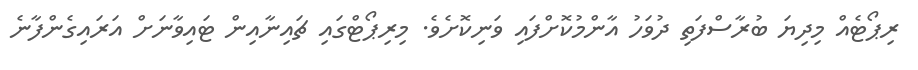
ރިޕޯޓެއް މިދިޔަ ބުރާސްފަތި ދުވަހު އާންމުކޮށްފައި ވަނިކޮށެވެ. މިރިޕޯޓްގައި ޗައިނާއިން ޓައިވާނަށް އަރައިގެންފާނެ